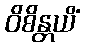
ဝိစိန္တယိံ